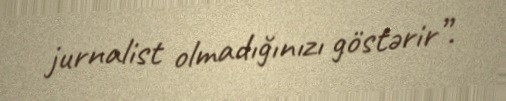
jurnalist olmadığınızı göstərir”.